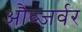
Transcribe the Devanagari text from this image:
औब्ज़र्वर